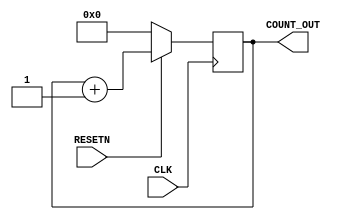
//COUNT_8BIT.V

module COUNT_8BIT(
	RESETN, CLK,
	COUNT_OUT
);

input RESETN;
input CLK;
output [7:0]COUNT_OUT;

reg [7:0] COUNT_OUT;

always @(posedge CLK)
begin
	if(~RESETN)
		COUNT_OUT<=8'B00000000;
	else
		COUNT_OUT<=COUNT_OUT+1;
end

endmodule